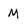
Character: M